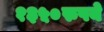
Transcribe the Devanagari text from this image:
१३५०रुपये